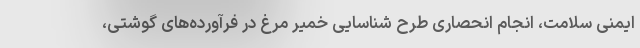
ایمنی سلامت، انجام انحصاری طرح شناسایی خمیر مرغ در فرآورده‌های گوشتی،